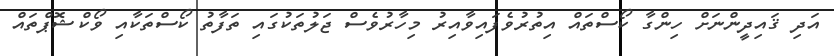
އަދި ޤައިދީންނަށް ހިންގާ ކޯސްތައް އިތުރުވެފައިވާއިރު މިހާރުވެސް ޖަލުތަކުގައި ތަފާތު ކޯސްތަކާއި ވޯކްޝޮޕްތައް